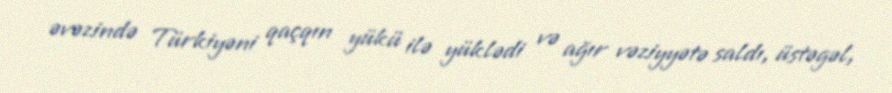
əvəzində Türkiyəni qaçqın yükü ilə yüklədi və ağır vəziyyətə saldı, üstəgəl,